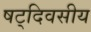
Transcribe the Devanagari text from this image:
षट्‌दिवसीय